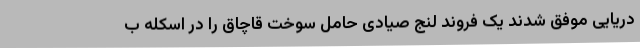
دریایی موفق شدند یک فروند لنج صیادی حامل سوخت قاچاق را در اسکله ب